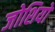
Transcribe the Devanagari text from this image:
जोशियों